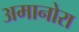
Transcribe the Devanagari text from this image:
अमानोरा